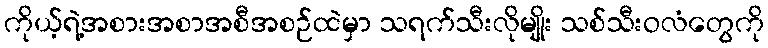
ကိုယ့်ရဲ့အစားအစာအစီအစဉ်ထဲမှာ သရက်သီးလိုမျိုး သစ်သီးဝလံတွေကို